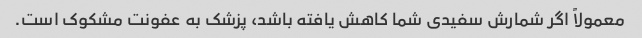
معمولاً اگر شمارش سفیدی شما کاهش یافته باشد، پزشک به عفونت مشکوک است.